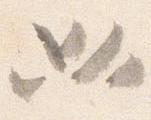
必